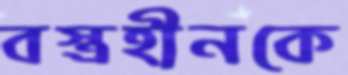
বস্ত্রহীনকে